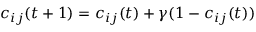
c _ { i j } ( t + 1 ) = c _ { i j } ( t ) + \gamma ( 1 - c _ { i j } ( t ) )